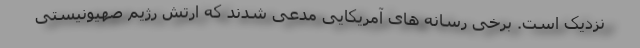
نزدیک است. برخی رسانه های آمریکایی مدعی شدند که ارتش رژیم صهیونیستی